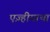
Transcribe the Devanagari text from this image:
एज़्हीयाथा